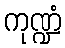
ကုဏ္ဍံ